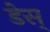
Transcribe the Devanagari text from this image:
डेस्